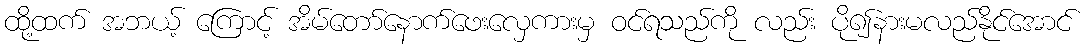
ထို့ထက် အဘယ့် ကြောင့် အိမ်တော်နောက်ဖေးလှေကားမှ ဝင်ရသည်ကို လည်း ပို၍နားမလည်နိုင်အောင်